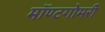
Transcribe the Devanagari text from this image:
मॉण्टगोमरी